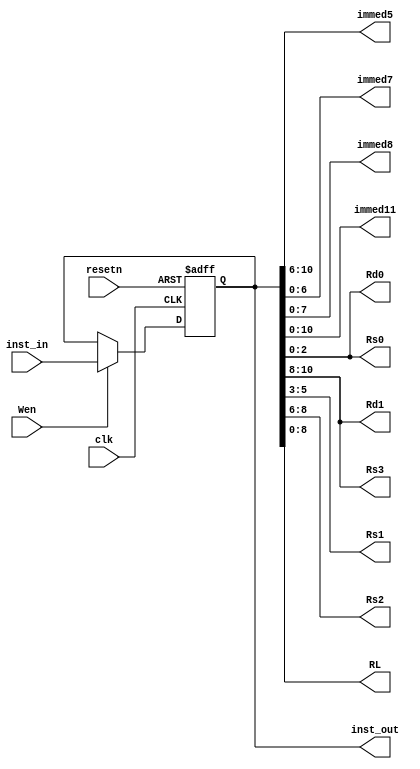
module IR (
  input         clk,
  input         resetn,
  input  [15:0] inst_in,
  input         Wen,

  output [4:0]  immed5,
  output [6:0]  immed7,
  output [7:0]  immed8,
  output [10:0] immed11,
  output [15:0] inst_out,
  output [2:0]  Rd0,
  output [2:0]  Rd1,
  output [2:0]  Rs0,
  output [2:0]  Rs1,
  output [2:0]  Rs2,
  output [2:0]  Rs3,
  output [8:0]  RL
);

  reg [15:0] inst_reg;

  always @(posedge clk or negedge resetn)
    begin
    if (resetn == 1'b0)
      begin
        inst_reg <= 16'b0100_0011_0000_0000;        // set inst_reg NOP.
      end
    else
      begin
        if (Wen)
          begin
            inst_reg <= inst_in;    
          end
      end
  end

  assign immed5   = inst_reg[10:6];
  assign immed7   = inst_reg[6:0];
  assign immed8   = inst_reg[7:0];
  assign immed11  = inst_reg[10:0];
  assign RL       = inst_reg[8:0];
  assign Rs0      = inst_reg[2:0];
  assign Rs1      = inst_reg[5:3];
  assign Rs2      = inst_reg[8:6];
  assign Rs3      = inst_reg[10:8];
  assign Rd0      = inst_reg[2:0];
  assign Rd1      = inst_reg[10:8];
  assign inst_out = inst_reg;

endmodule